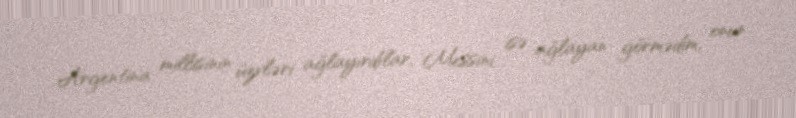
Argentina millisinin üzvləri ağlayırdılar, Messini isə ağlayan görmədim, onun